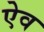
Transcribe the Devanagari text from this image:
ऐव